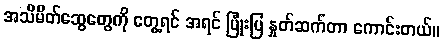
အသိမိတ်ဆွေတွေကို တွေ့ရင် အရင် ပြုံးပြ နှုတ်ဆက်တာ ကောင်းတယ်။